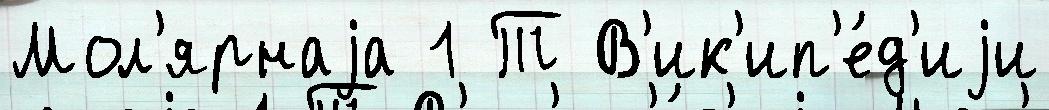
Мол'ярнаjа 1 Т В'ик'ип'е́д'иjи